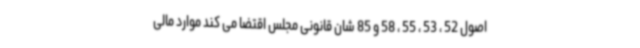
اصول 52 ، 53 ، 55 ، 58 و 85 شان قانونی مجلس اقتضا می کند موارد مالی